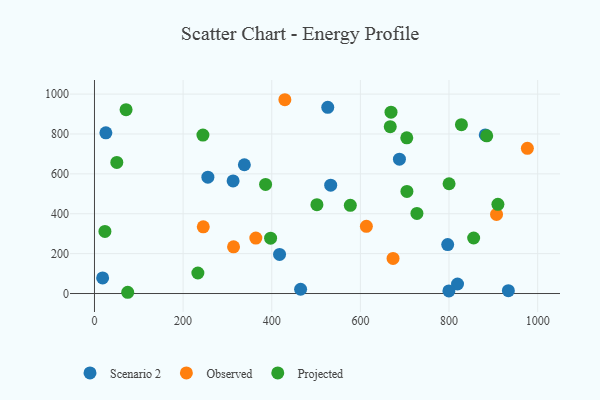
{"axis": {"x": "Price", "y": "Fuel Efficiency"}, "legend": ["Observed", "Projected", "Scenario 2"], "data": [{"x": "25.7", "y": 805.5, "type": "Scenario 2"}, {"x": "338.2", "y": 645.7, "type": "Scenario 2"}, {"x": "18.4", "y": 78.0, "type": "Scenario 2"}, {"x": "688.1", "y": 673.8, "type": "Scenario 2"}, {"x": "465.1", "y": 21.5, "type": "Scenario 2"}, {"x": "797.0", "y": 245.3, "type": "Scenario 2"}, {"x": "417.6", "y": 196.2, "type": "Scenario 2"}, {"x": "312.8", "y": 564.7, "type": "Scenario 2"}, {"x": "819.2", "y": 47.8, "type": "Scenario 2"}, {"x": "881.8", "y": 795.1, "type": "Scenario 2"}, {"x": "799.7", "y": 13.0, "type": "Scenario 2"}, {"x": "526.4", "y": 933.4, "type": "Scenario 2"}, {"x": "933.9", "y": 14.1, "type": "Scenario 2"}, {"x": "255.9", "y": 583.3, "type": "Scenario 2"}, {"x": "533.0", "y": 543.1, "type": "Scenario 2"}, {"x": "613.5", "y": 337.1, "type": "Observed"}, {"x": "313.8", "y": 234.0, "type": "Observed"}, {"x": "907.2", "y": 396.6, "type": "Observed"}, {"x": "976.8", "y": 727.8, "type": "Observed"}, {"x": "364.1", "y": 278.0, "type": "Observed"}, {"x": "245.5", "y": 334.6, "type": "Observed"}, {"x": "429.6", "y": 971.7, "type": "Observed"}, {"x": "673.7", "y": 175.9, "type": "Observed"}, {"x": "23.6", "y": 311.3, "type": "Projected"}, {"x": "828.0", "y": 846.5, "type": "Projected"}, {"x": "233.3", "y": 102.9, "type": "Projected"}, {"x": "71.3", "y": 922.0, "type": "Projected"}, {"x": "667.4", "y": 836.6, "type": "Projected"}, {"x": "75.0", "y": 6.3, "type": "Projected"}, {"x": "727.6", "y": 401.4, "type": "Projected"}, {"x": "705.0", "y": 511.9, "type": "Projected"}, {"x": "800.1", "y": 550.4, "type": "Projected"}, {"x": "669.1", "y": 909.2, "type": "Projected"}, {"x": "885.1", "y": 790.8, "type": "Projected"}, {"x": "386.1", "y": 546.8, "type": "Projected"}, {"x": "577.3", "y": 442.0, "type": "Projected"}, {"x": "501.9", "y": 445.5, "type": "Projected"}, {"x": "397.4", "y": 277.4, "type": "Projected"}, {"x": "855.6", "y": 278.3, "type": "Projected"}, {"x": "704.7", "y": 780.7, "type": "Projected"}, {"x": "244.7", "y": 794.3, "type": "Projected"}, {"x": "50.4", "y": 657.3, "type": "Projected"}, {"x": "910.3", "y": 447.2, "type": "Projected"}]}